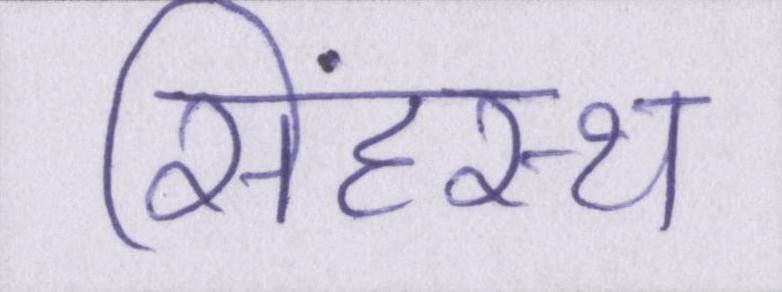
सिंहस्थ